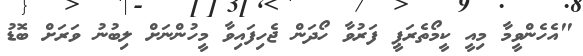
"އެހެންވީމާ މިއީ ކީމޯތެރަޕީ ފަރުވާ ހޯދަން ޖެހިފައިވާ މީހުންނަށް ލިބުނު ވަރަށް ބޮޑު